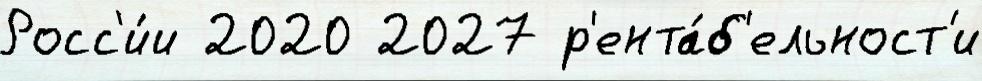
Росс'и́и 2020 2027 р'ента́б'ельност'и